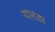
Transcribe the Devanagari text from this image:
यारडा